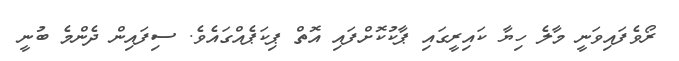
ރޯވެފައިވަނީ މާލެ ހިޔާ ކައިރީގައި ޕާކުކޮށްފައި އޮތް ޕިކަޕެއްގައެވެ. ސިފައިން ދެންމެ ބުނީ